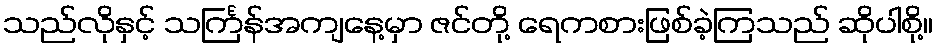
သည်လိုနှင့် သင်္ကြန်အကျနေ့မှာ ဇင်တို့ ရေကစားဖြစ်ခဲ့ကြသည် ဆိုပါစို့။